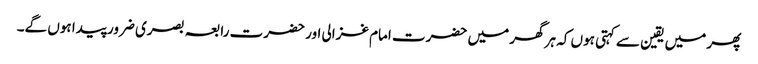
پھر میں یقین سے کہتی ہوں کہ ہر گھر میں حضرت امام غزالی اور حضرت رابعہ بصری ضرور پیدا ہوں گے۔